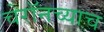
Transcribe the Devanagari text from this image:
चेरॉनच्याच